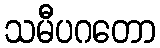
သမီပဂတော